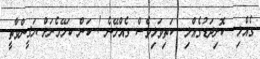
ގެއްލި  ކޮށިދަޑުގެއްލި  ކަތިވަޅިވެސް ގެއްލޭނެ ! ކަން ކަލޭމެނަށް ޔަޤީންވާތީ